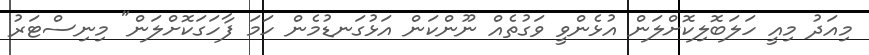
މިއަދު މިއީ ހަލަބޮލިކޮށްލަން އުޅެންވީ ވަގުތެއް ނޫންކަން އަޅުގަނޑުމެން ހަމަ ފާހަގަކޮށްލަން" މިނިސްޓަރު